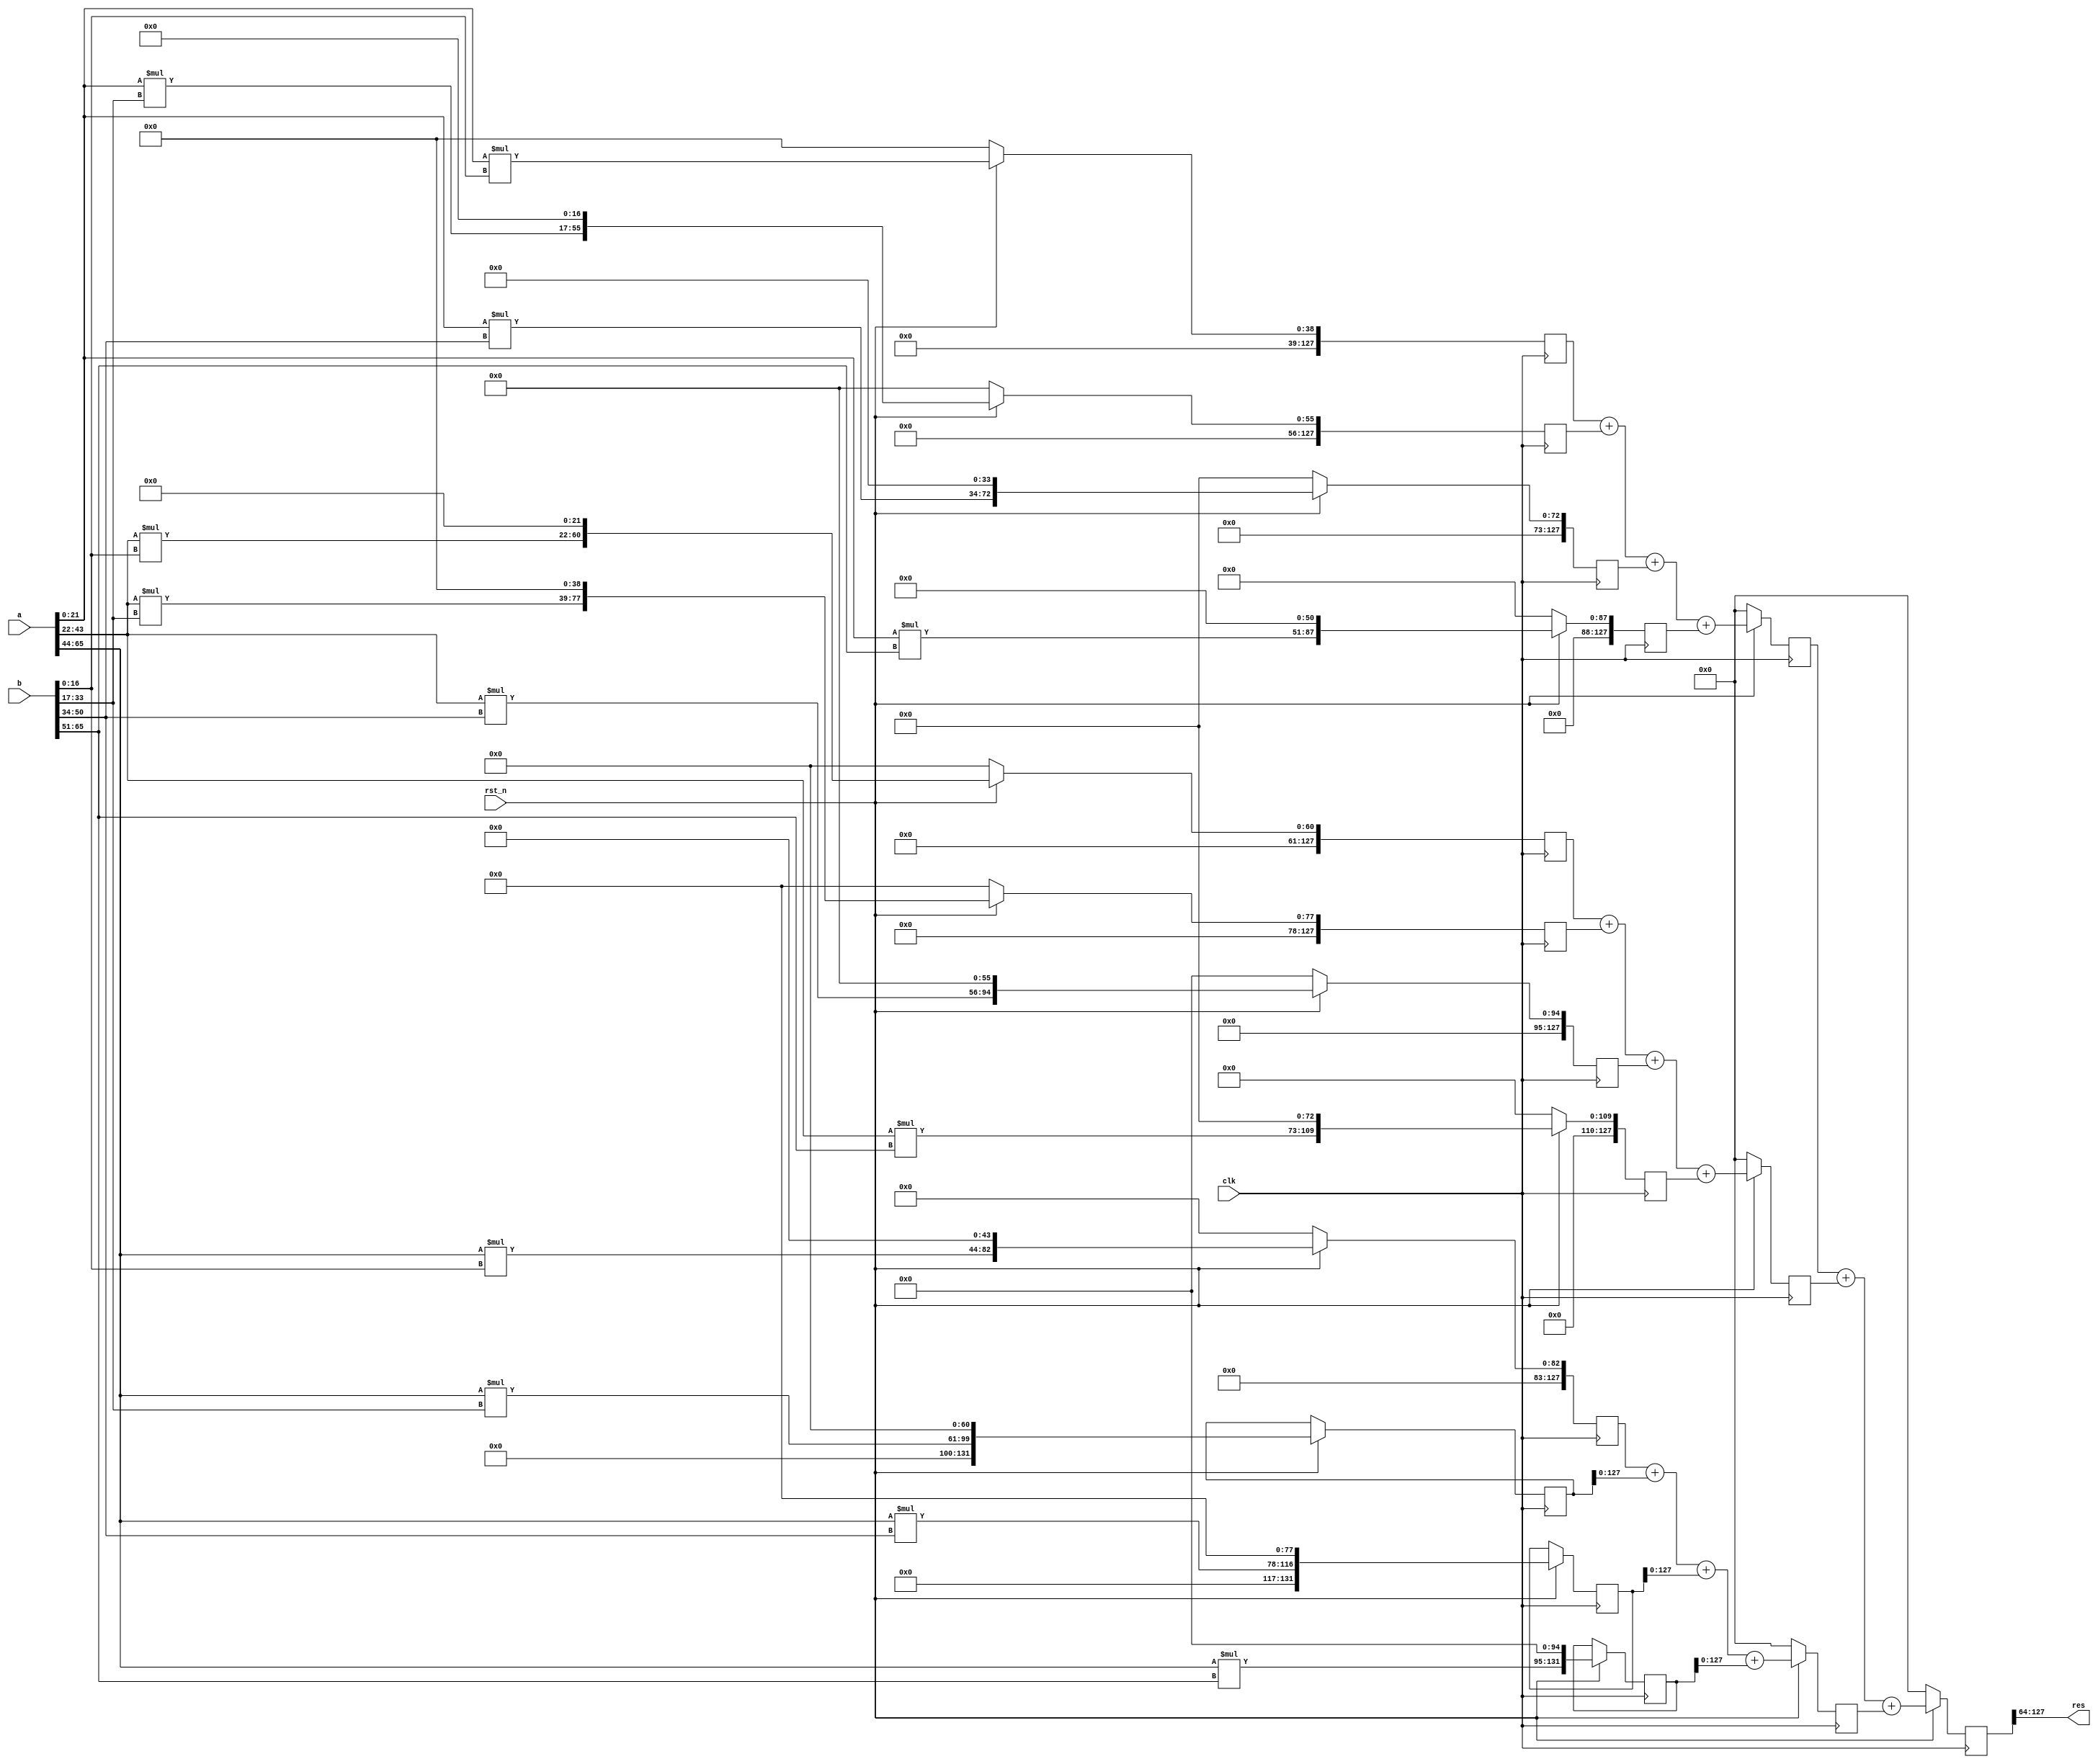
`timescale 1ns / 1ps
//////////////////////////////////////////////////////////////////////////////////
// Company: 
// Engineer: 
// 
// Design Name: 
// Module Name: multiplier_66_1
// Project Name: 
// Target Devices: 
// Tool Versions: 
// Description: 
// 
// Dependencies: 
// 
// Revision:
// Revision 0.01 - File Created
// Additional Comments:
// 
//////////////////////////////////////////////////////////////////////////////////

///////////////////////////////////////////////////////*from multiplier_66_1*////////////////////////////////////////////////////

module multiplier_66_1(
	input clk,
	input rst_n,
	input [65:0] a,
	input [65:0] b,
	output [63:0] res
);
	wire [21:0] wire_a [2:0];
	wire [16:0] wire_b [3:0];
	assign wire_a[0] = a[21:0];
	assign wire_a[1] = a[43:22];
	assign wire_a[2] = a[65:44];
	assign wire_b[0] = b[16:0];
	assign wire_b[1] = b[33:17];
	assign wire_b[2] = b[50:34];
	assign wire_b[3] = {2'd0, b[65:51]};
	
	reg [131:0] out[11:0];
	reg [131:0] tmp[2:0];
	reg [131:0] res_t;
	always @(posedge clk) begin
		if(~rst_n) begin
			out[0] <= 0; out[1] <= 0; out[2] <= 0; 
			out[3] <= 0; out[4] <= 0; out[5] <= 0; 
			out[6] <= 0; out[7] <= 0; out[8] <= 0;
			tmp[0] <= 0; tmp[1] <= 0; tmp[2] <= 0;
			res_t <= 0;
		end
		else begin
			out[0] <= wire_a[0]*wire_b[0];          out[1] <= (wire_a[0]*wire_b[1])<<17;    out[2] <= (wire_a[0]*wire_b[2])<<34;    out[3] <= (wire_a[0]*wire_b[3])<<51;    
			out[4] <= (wire_a[1]*wire_b[0])<<22;    out[5] <= (wire_a[1]*wire_b[1])<<39;    out[6] <= (wire_a[1]*wire_b[2])<<56;    out[7] <= (wire_a[1]*wire_b[3])<<73;
			out[8] <= (wire_a[2]*wire_b[0])<<44;    out[9] <= (wire_a[2]*wire_b[1])<<61;    out[10] <= (wire_a[2]*wire_b[2])<<78;    out[11] <= (wire_a[2]*wire_b[3])<<95;
			
			tmp[0] <= out[0]+out[1]+out[2] + out[3];
			tmp[1] <= out[4]+out[5] + out[6]+out[7];
			tmp[2] <= out[8] + out[9] + out[10] + out[11];
			
			res_t <= tmp[0] + tmp[1] + tmp[2];
		end
	end
	assign res = res_t[127:64];
endmodule